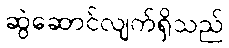
ဆွဲဆောင်လျက်ရှိသည်